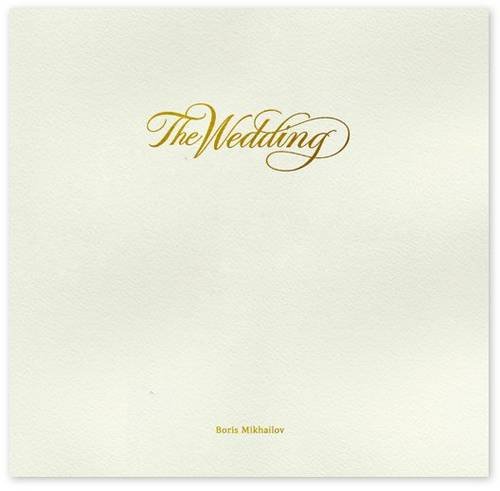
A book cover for The Wedding; Boris Mikhailov; Crafts, Hobbies & Home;